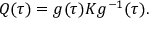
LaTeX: Q ( \tau ) = g ( \tau ) K g ^ { - 1 } ( \tau ) .